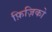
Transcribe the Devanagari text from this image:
फ़िज़िको